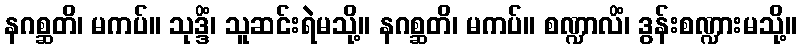
နဂစ္ဆတိ၊ မကပ်။ သုဒ္ဒိံ၊ သူဆင်းရဲမသို့။ နဂစ္ဆတိ၊ မကပ်။ စဏ္ဍာလိံ၊ ဒွန်းစဏ္ဍားမသို့။